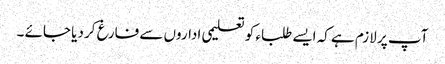
آپ پر لازم ہے کہ ایسے طلباء کو تعلیمی اداروں سے فارغ کر دیا جائے ۔